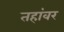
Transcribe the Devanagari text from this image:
तहांवर